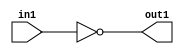
`timescale 1ps / 1ps
/*****************************************************************************
    Verilog RTL Description
    
    
    Created by: CellMath Designer 2019.1.01 
*******************************************************************************/

module DFT_compute_Equal_1U_11_4 (
	in1,
	out1
	); /* architecture "behavioural" */ 
input [4:0] in1;
output  out1;
wire  asc001;

assign asc001 = (10'B0000000000==in1);

assign out1 = asc001;
endmodule

/* CADENCE  urfxTwk= : u9/ySgnWtBlWxVPRXgAZ4Og= ** DO NOT EDIT THIS LINE ******/